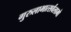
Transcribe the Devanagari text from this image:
गुरुलाभात्सर्वलाभो